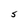
Character: S